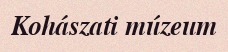
Kohászati múzeum